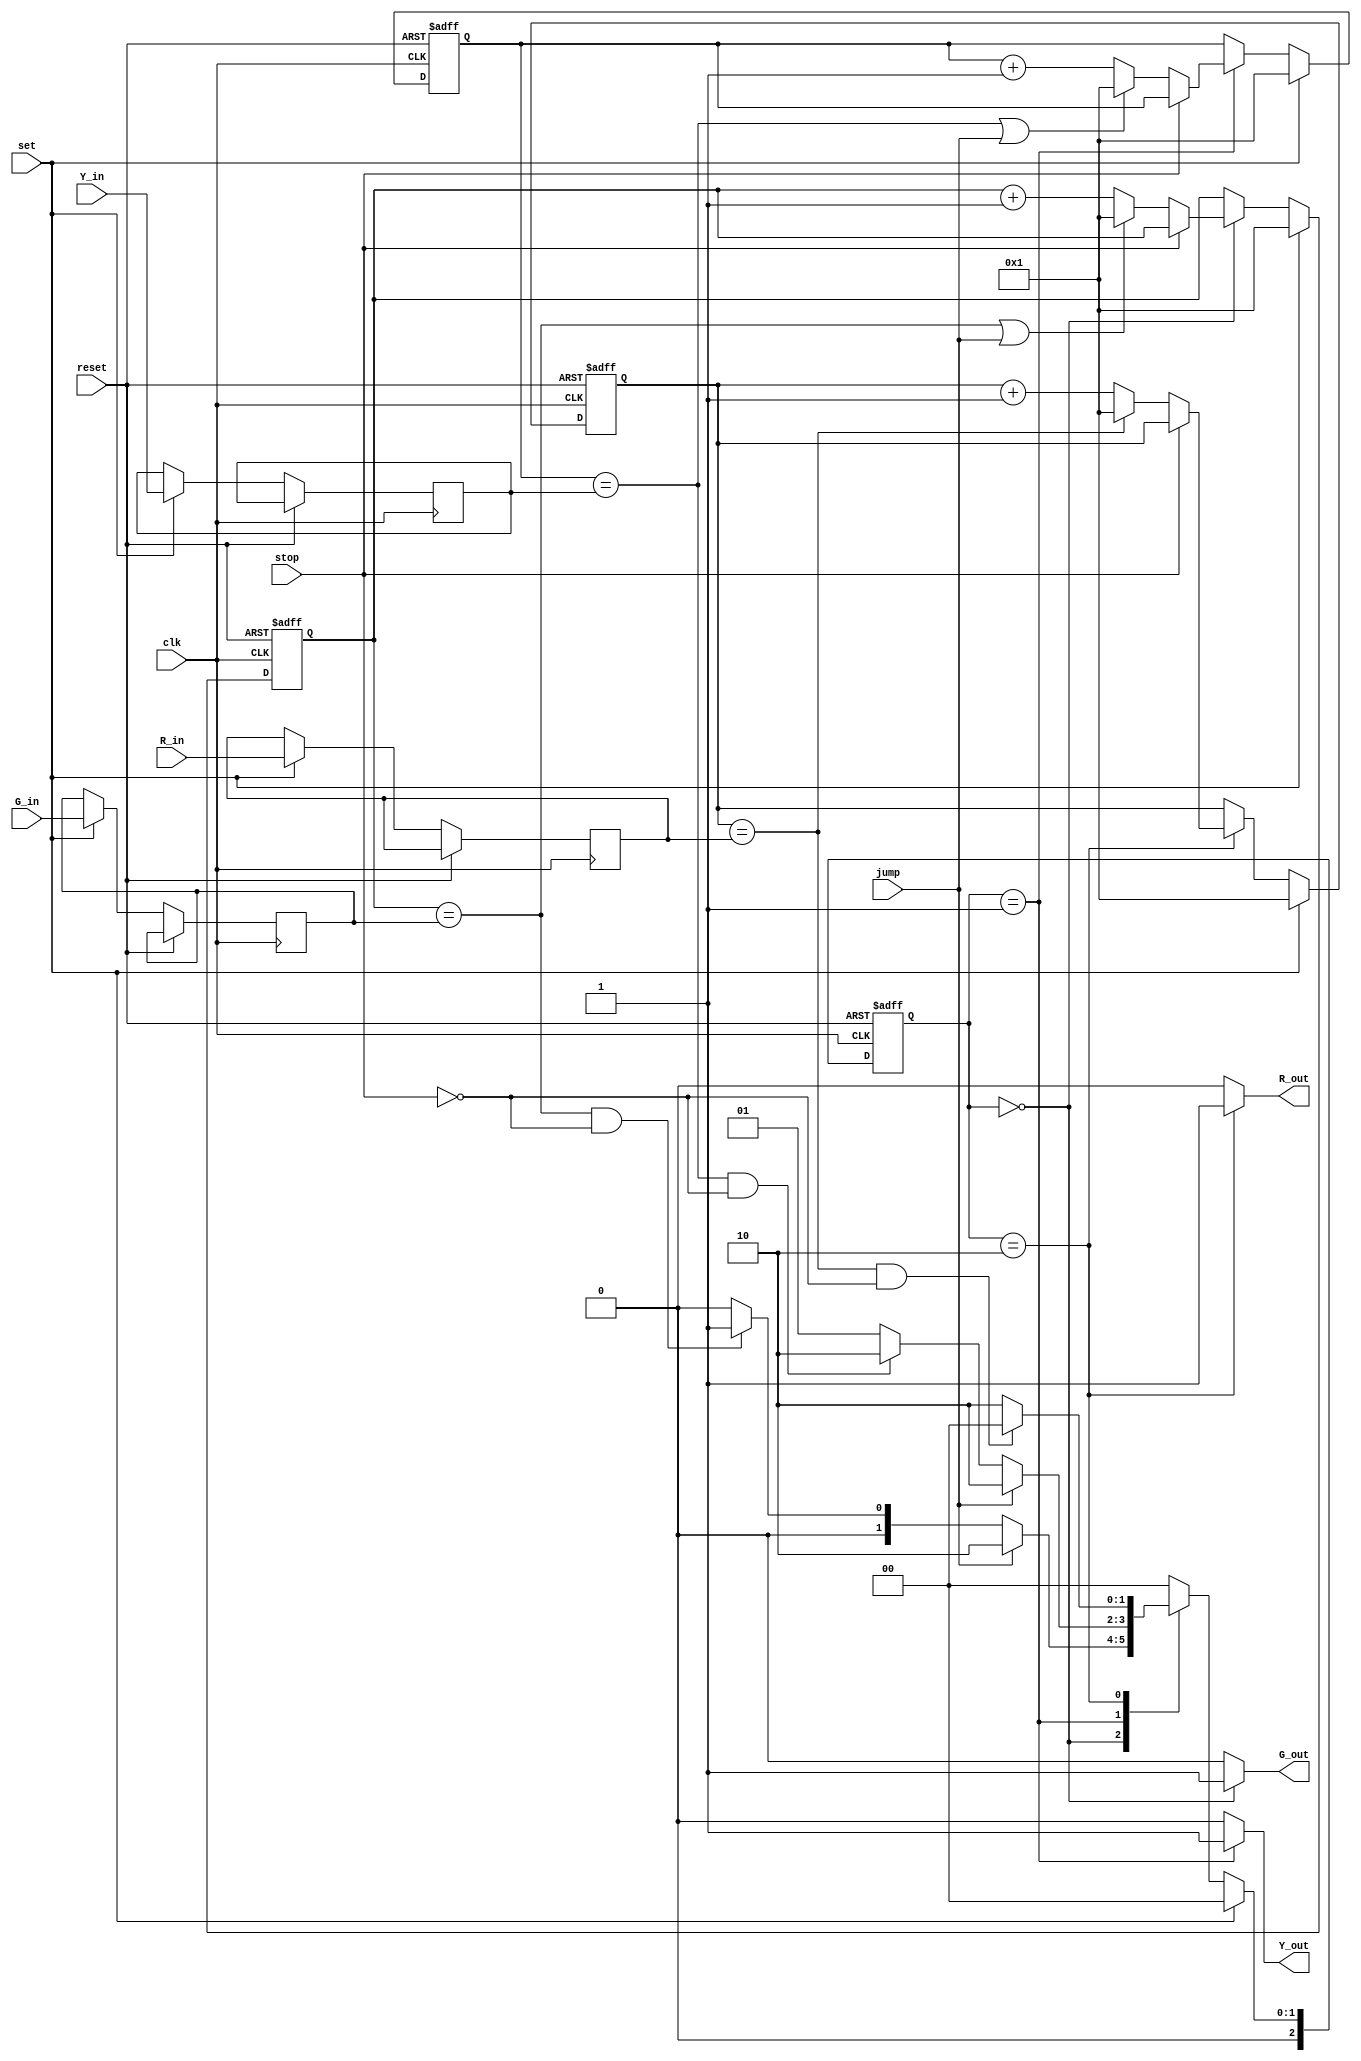
module TLS(clk, reset, set, stop, jump, G_in, Y_in, R_in, G_out, Y_out, R_out);
input           clk;
input           reset;
input           set;
input           stop;
input           jump;
input     [3:0] G_in;
input     [3:0] Y_in;
input     [3:0] R_in;
output reg      G_out;
output reg      Y_out;
output reg      R_out;

reg       [2:0] curt_state;
reg       [2:0] next_state;
reg       [3:0] G_sec;
reg       [3:0] Y_sec;
reg       [3:0] R_sec;
reg       [3:0] count_G;
reg       [3:0] count_Y;
reg       [3:0] count_R;
parameter [1:0] green = 0, yellow = 1, red = 2;

// next state logic
always@(*) begin
    if(set) begin
	    next_state = green;
	end
	else begin
	    case(curt_state)
			green  : next_state = (jump)? red : ((count_G == G_sec) && (stop == 0))? yellow : green;
			yellow : next_state = (jump)? red : ((count_Y == Y_sec) && (stop == 0))? red    : yellow;
			red    : next_state = ((count_R == R_sec) && (stop == 0))? green  : red;
			default: next_state = green;
	    endcase
	end
end

always@(posedge clk or posedge reset) begin
    if(reset) begin
		curt_state <= green;
	    count_G <= 1;
		count_Y <= 1;
		count_R <= 1;
	end
	else begin
		curt_state <= next_state;
		if(set) begin
			G_sec <= G_in;
			Y_sec <= Y_in;
			R_sec <= R_in;
			count_G <= 1;
			count_Y <= 1;
			count_R <= 1;
		end			
		else begin
		    case(curt_state)
				green  : count_G <= (stop == 1)? count_G : ((count_G == G_sec) || (jump == 1))? 1 : count_G + 1;
				yellow : count_Y <= (stop == 1)? count_Y : ((count_Y == Y_sec) || (jump == 1))? 1 : count_Y + 1;
				red    : count_R <= (stop == 1)? count_R : ((count_R == R_sec))? 1 : count_R + 1;
			endcase
		end
	end
end

// output logic
always@(*) begin
    case(curt_state)
		green  : begin
		    G_out = 1;
			Y_out = 0;
			R_out = 0;
        end		
		yellow : begin
		    G_out = 0;
			Y_out = 1;
			R_out = 0;
        end		
		red    : begin
		    G_out = 0;
			Y_out = 0;
			R_out = 1;
        end		
		default: begin
		    G_out = 0;
			Y_out = 0;
			R_out = 0;
		end
	endcase
end

endmodule